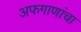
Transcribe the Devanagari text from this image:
अफगाणांचा